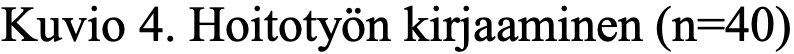
Kuvio 4. Hoitotyön kirjaaminen (n=40)